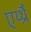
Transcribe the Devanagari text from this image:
एर्य्थ्रैँ